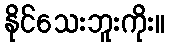
နိုင်သေးဘူးကိုး။